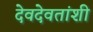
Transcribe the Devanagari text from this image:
देवदेवतांशी